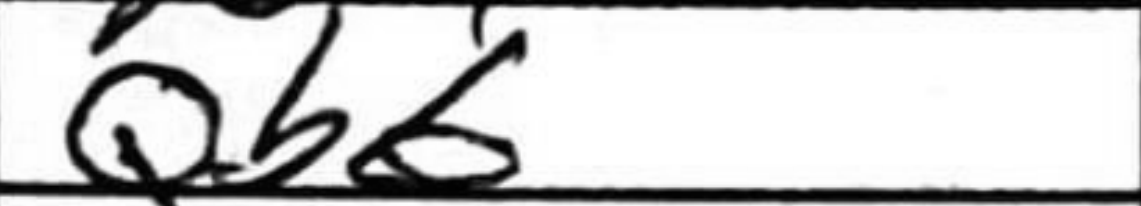
Transcription: Qb6